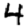
Digit: 4